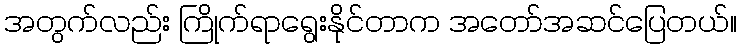
အတွက်လည်း ကြိုက်ရာရွေးနိုင်တာက အတော်အဆင်ပြေတယ်။